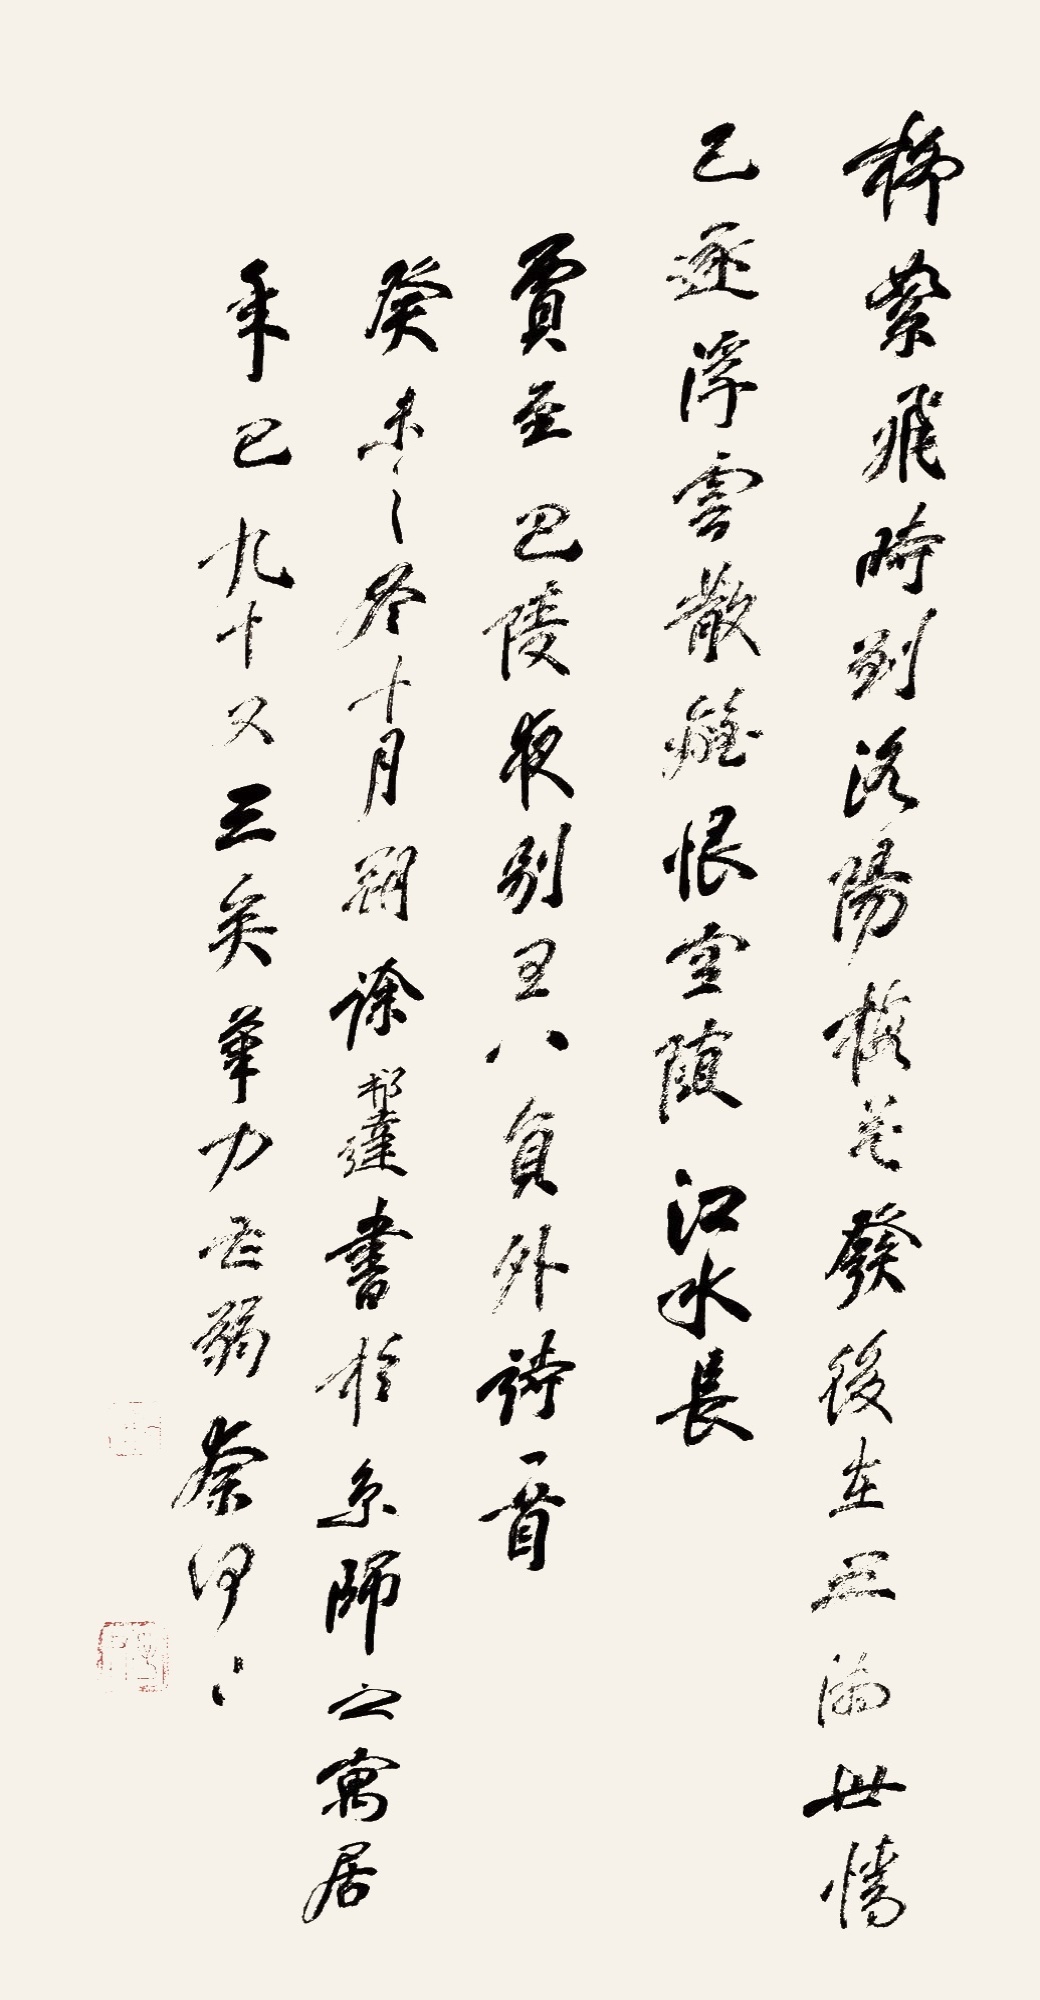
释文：柳絮飞时别洛阳，梅花发后到三湘。世情已逐浮云散，离恨空随江水长。贾至《巴陵夜别王八员外》诗一首。癸未冬十月朔，徐邦达书于京师之寓居，年已九十又三矣，笔力甚弱，奈何奈何！